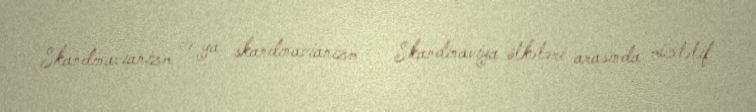
Skandinavianizm və ya skandinavianizm — Skandinaviya ölkələri arasında müxtəlif